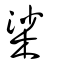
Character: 桬